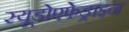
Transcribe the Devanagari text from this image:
स्यूडोएफेड्राइन